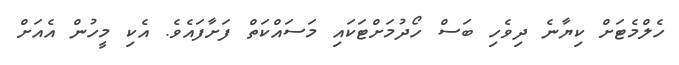
ހެލްމެޓަށް ކިޔާނެ ދިވެހި ބަސް ހޯދުމަށްޓަކައި މަސައްކަތް ފަށާފައެވެ. އެކި މީހުން އެއަށް